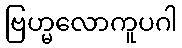
ဗြဟ္မလောကူပဂါ